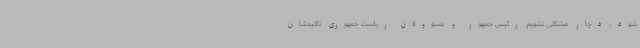
شود، دچار مشکلی نشویم. رئیس جمهور و مسوولان ریاست جمهوری تاکیدشان